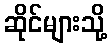
ဆိုင်များသို့